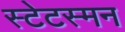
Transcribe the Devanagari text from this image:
स्टेटस्मन